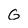
Character: G